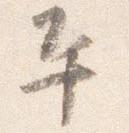
平